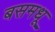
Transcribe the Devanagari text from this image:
बसमधू